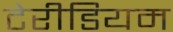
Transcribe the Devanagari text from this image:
टेरीडियम